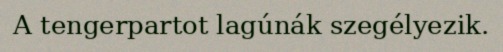
A tengerpartot lagúnák szegélyezik.